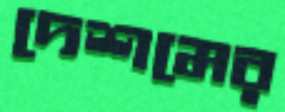
দেশমের